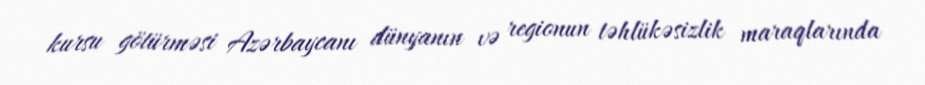
kursu götürməsi Azərbaycanı dünyanın və regionun təhlükəsizlik maraqlarında